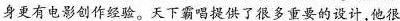
身更有电影创作经验。天下霸唱提供了很多重要的设计,他很